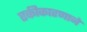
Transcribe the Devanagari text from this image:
एकीकारणाने